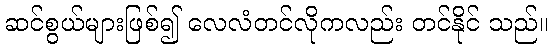
ဆင်စွယ်များဖြစ်၍ လေလံတင်လိုကလည်း တင်နိုင် သည်။